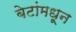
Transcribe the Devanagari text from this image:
बेटांमधून